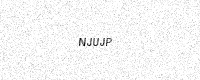
Text: NJUJP